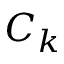
C _ { k }